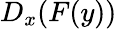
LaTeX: D_{x}(F(y))